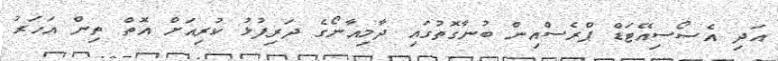
އަދި އެސޯސިއޭޓަޑް ޕްރެސްއިން ބުނާގޮތުގައި ދާމިއާނޯގެ ދަރިފުޅު ކުރިއަށް އޮތް ތިން އަހަރު